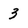
Character: 3